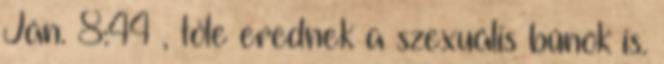
Ján. 8:44 , tőle erednek a szexuális bűnök is.